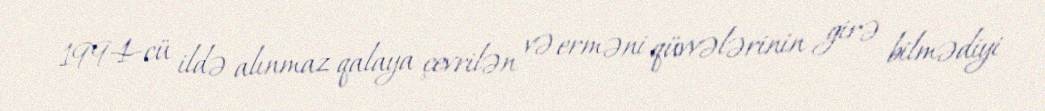
1994-cü ildə alınmaz qalaya çevrilən və erməni qüvvələrinin girə bilmədiyi